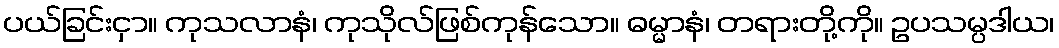
ပယ်ခြင်းငှာ။ ကုသလာနံ၊ ကုသိုလ်ဖြစ်ကုန်သော။ ဓမ္မာနံ၊ တရားတို့ကို။ ဥပသမ္ပဒါယ၊